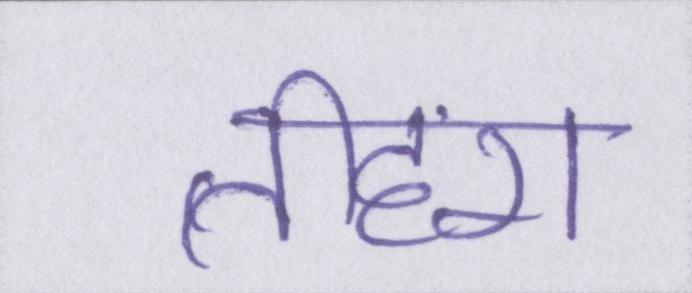
तीहरा